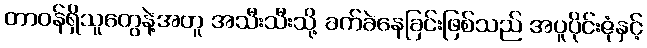
တာဝန်ရှိသူတွေနဲ့အတူ အသီးသီးသို့ ခက်ခဲနေခြင်းဖြစ်သည် အပူပိုင်းဇုံနှင့်